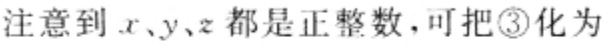
注意到 \(x\)、\(y\)、\(z\) 都是正整数，可把\textcircled{3}化为